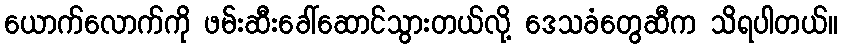
ယောက်လောက်ကို ဖမ်းဆီးခေါ်ဆောင်သွားတယ်လို့ ဒေသခံတွေဆီက သိရပါတယ်။